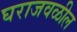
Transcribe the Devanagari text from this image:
घराजवळील